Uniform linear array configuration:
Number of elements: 16
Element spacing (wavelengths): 0.25
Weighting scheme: hamming
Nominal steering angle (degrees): -45
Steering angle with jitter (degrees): -44.844
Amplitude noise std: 0.05
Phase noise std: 0.05

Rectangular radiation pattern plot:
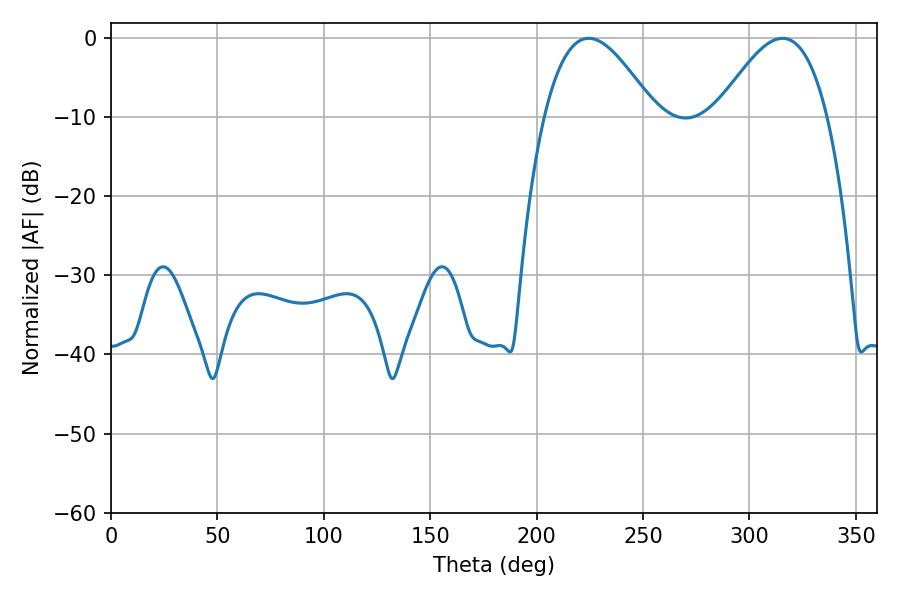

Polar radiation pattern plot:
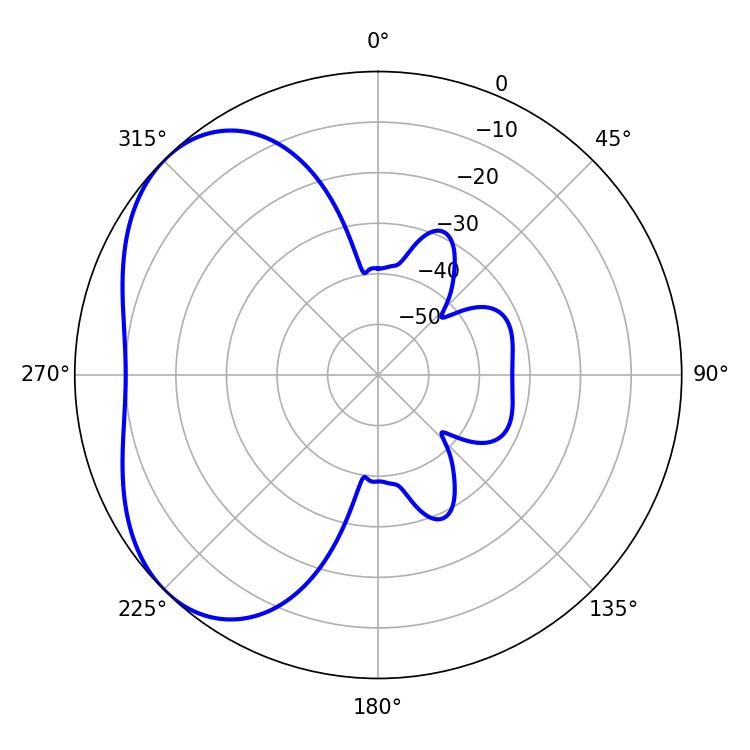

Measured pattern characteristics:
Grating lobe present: FALSE
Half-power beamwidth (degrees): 28.08
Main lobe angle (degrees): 224.46